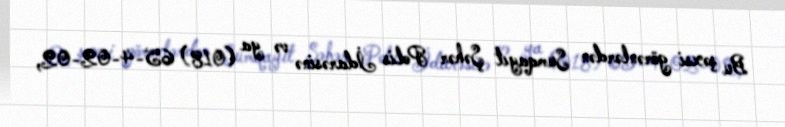
Bu şəxsi görənlərdən Sumqayıt Şəhər Polis İdarəsinə və ya (018) 65-4-02-02,